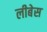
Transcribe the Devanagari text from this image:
लीबेस